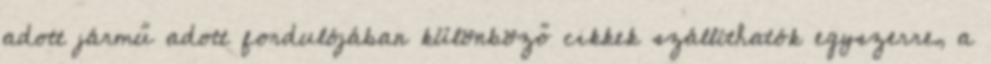
adott jármű adott fordulójában különböző cikkek szállíthatók egyszerre, a